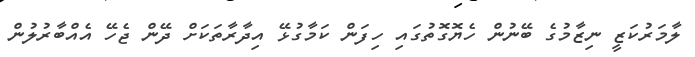
ލާމަރުކަޒީ ނިޒާމުގެ ބޭނުން ހެޔޮގޮތުގައި ހިފަން ކަމާގުޅޭ އިދާރާތަކަށް ދޭން ޖެހޭ އެއްބާރުލުން